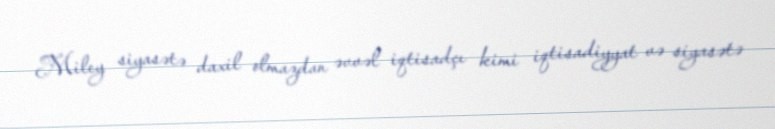
Miley siyasətə daxil olmazdan əvvəl iqtisadçı kimi iqtisadiyyat və siyasətə